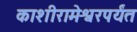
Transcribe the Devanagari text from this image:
काशीरामेश्वरपर्यंत